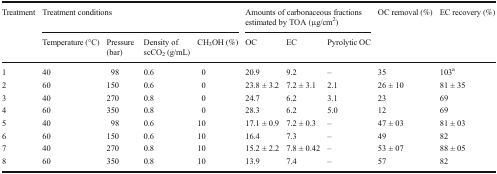
<table><thead><tr><td rowspan="2"><b>Treatment</b></td><td colspan="4"><b>Treatment conditions</b></td><td colspan="3"><b>Amounts of carbonaceous fractions estimated by TOA (μg/cm<sup>2</sup>)</b></td><td rowspan="2"><b>OC removal (%)</b></td><td rowspan="2"><b>EC recovery (%)</b></td></tr><tr><td><b>Temperature (°C)</b></td><td><b>Pressure (bar)</b></td><td><b>Density of scCO<sub>2</sub> (g/mL)</b></td><td><b>CH<sub>3</sub>OH (%)</b></td><td><b>OC</b></td><td><b>EC</b></td><td><b>Pyrolytic OC</b></td></tr></thead><tbody><tr><td>1</td><td>40</td><td>98</td><td>0.6</td><td>0</td><td>20.9</td><td>9.2</td><td>–</td><td>35</td><td>103<sup>a</sup></td></tr><tr><td>2</td><td>60</td><td>150</td><td>0.6</td><td>0</td><td>23.8 ± 3.2</td><td>7.2 ± 3.1</td><td>2.1</td><td>26 ± 10</td><td>81 ± 35</td></tr><tr><td>3</td><td>40</td><td>270</td><td>0.8</td><td>0</td><td>24.7</td><td>6.2</td><td>3.1</td><td>23</td><td>69</td></tr><tr><td>4</td><td>60</td><td>350</td><td>0.8</td><td>0</td><td>28.3</td><td>6.2</td><td>5.0</td><td>12</td><td>69</td></tr><tr><td>5</td><td>40</td><td>98</td><td>0.6</td><td>10</td><td>17.1 ± 0.9</td><td>7.2 ± 0.3</td><td>–</td><td>47 ± 03</td><td>81 ± 03</td></tr><tr><td>6</td><td>60</td><td>150</td><td>0.6</td><td>10</td><td>16.4</td><td>7.3</td><td>–</td><td>49</td><td>82</td></tr><tr><td>7</td><td>40</td><td>270</td><td>0.8</td><td>10</td><td>15.2 ± 2.2</td><td>7.8 ± 0.42</td><td>–</td><td>53 ± 07</td><td>88 ± 05</td></tr><tr><td>8</td><td>60</td><td>350</td><td>0.8</td><td>10</td><td>13.9</td><td>7.4</td><td>–</td><td>57</td><td>82</td></tr></tbody></table>